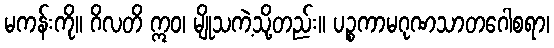
မကန်းကို။ ဂိလတိ ဣဝ၊ မျိုသကဲ့သို့တည်း။ ပဉ္စကာမဂုဏသာတဂေါစရာ၊